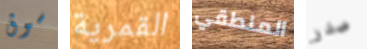
سوق القمرية المنطقي صدر